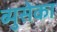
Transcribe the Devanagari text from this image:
ब्युसेका